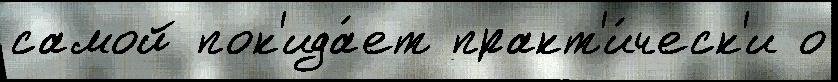
самой пок'ида́ет практ'и́ческ'и о